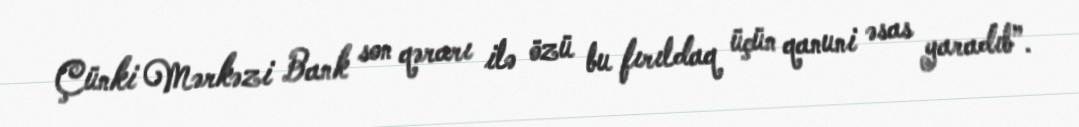
Çünki Mərkəzi Bank son qərarı ilə özü bu fırıldaq üçün qanuni əsas yaradıb”.